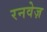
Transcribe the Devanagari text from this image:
रनवेज़